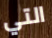
التي